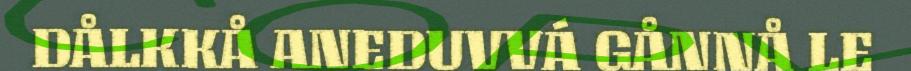
DÅLKKÅ ANEDUVVÁ GÅNNÅ LE